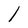
Character: l